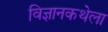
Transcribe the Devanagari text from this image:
विज्ञानकथेला